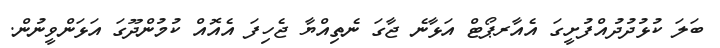
ބަލަ ކުޅުދުދުއްފުށީގަ އެއާރޕޯޓް އަޅާނެ ޖާގަ ނެތިއްޔާ ޖެހިފަ އެއޮއް ކުމުންދޫގަ އަޅަންވީނުން.